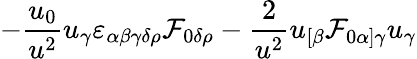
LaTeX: -{\frac{u_{0}}{u^{2}}}u_{\gamma}\varepsilon_{\alpha\beta\gamma\delta\rho}{\cal F}_{0\delta\rho}-{\frac{2}{u^{2}}}u_{[\beta}{\cal F}_{0\alpha]\gamma}u_{\gamma}